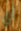
أي